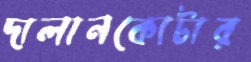
দালানকোটার